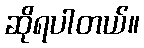
ဆိုရပါတယ်။